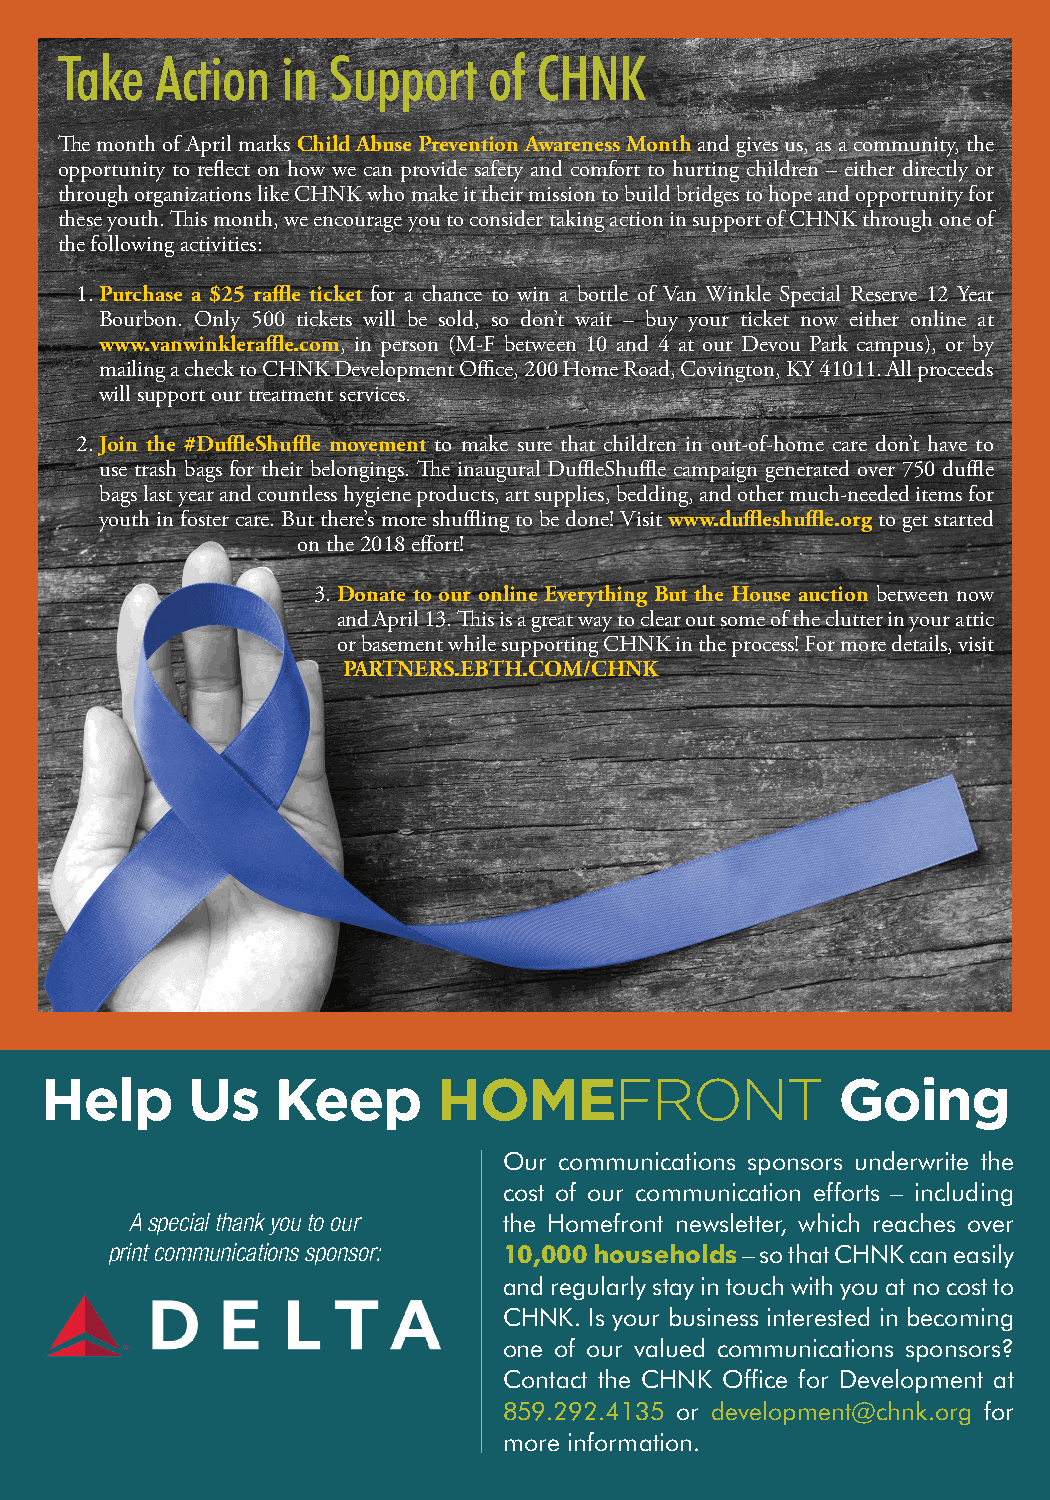
Take  Action   in Support   of CHNK
 The month of April marks Child Abuse Prevention Awareness Month and gives us, as a community, the
 opportunity to reflect on how we can provide safety and comfort to hurting children – either directly or
 through organizations like CHNK who make it their mission to build bridges to hope and opportunity for
 these youth. This month, we encourage you to consider taking action in support of CHNK through one of
 the following activities:
 1. Purchase a $25 raffle ticket for a chance to win a bottle of Van Winkle Special Reserve 12 Year
 Bourbon. Only 500 tickets will be sold, so don’t wait – buy your ticket now either online at
 www.vanwinkleraffle.com, in person (M-F between 10 and 4 at our Devou Park campus), or by
 mailing a check to CHNK Development Office, 200 Home Road, Covington, KY 41011. All proceeds
 will support our treatment services.
 2. Join the #DuffleShuffle movement to make sure that children in out-of-home care don’t have to
 use trash bags for their belongings. The inaugural DuffleShuffle campaign generated over 750 duffle
 bags last year and countless hygiene products, art supplies, bedding, and other much-needed items for
 youth in foster care. But there’s more shuffling to be done! Visit www.duffleshuffle.org to get started
 on the 2018 effort!
 3. Donate to our online Everything But the House auction between now
 and April 13. This is a great way to clear out some of the clutter in your attic
 or basement while supporting CHNK in the process! For more details, visit
 PARTNERS.EBTH.COM/CHNK
 Help     Us    Keep       HOMEFRONT                  Going
 Our communications sponsors underwrite the
 cost of our communication efforts – including
 A special thank you to our the Homefront newsletter, which reaches over
 print communications sponsor: 10,000 households – so that CHNK can easily
 and regularly stay in touch with you at no cost to
 CHNK. Is your business interested in becoming
 one of our valued communications sponsors?
 Contact the CHNK Office for Development at
 859.292.4135 or development@chnk.org for
 more information.